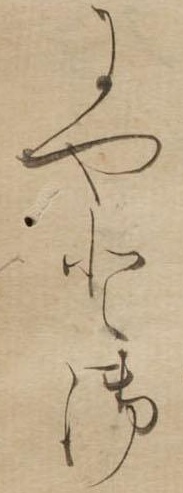
にやと御